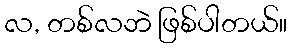
လ, တစ်လဘဲ ဖြစ်ပါတယ်။